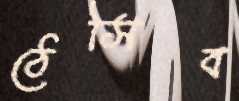
ঠেসিব